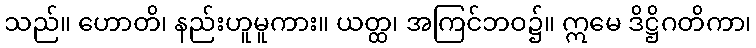
သည်။ ဟောတိ၊ နည်းဟူမူကား။ ယတ္ထ၊ အကြင်ဘဝ၌။ ဣမေ ဒိဋ္ဌိဂတိကာ၊